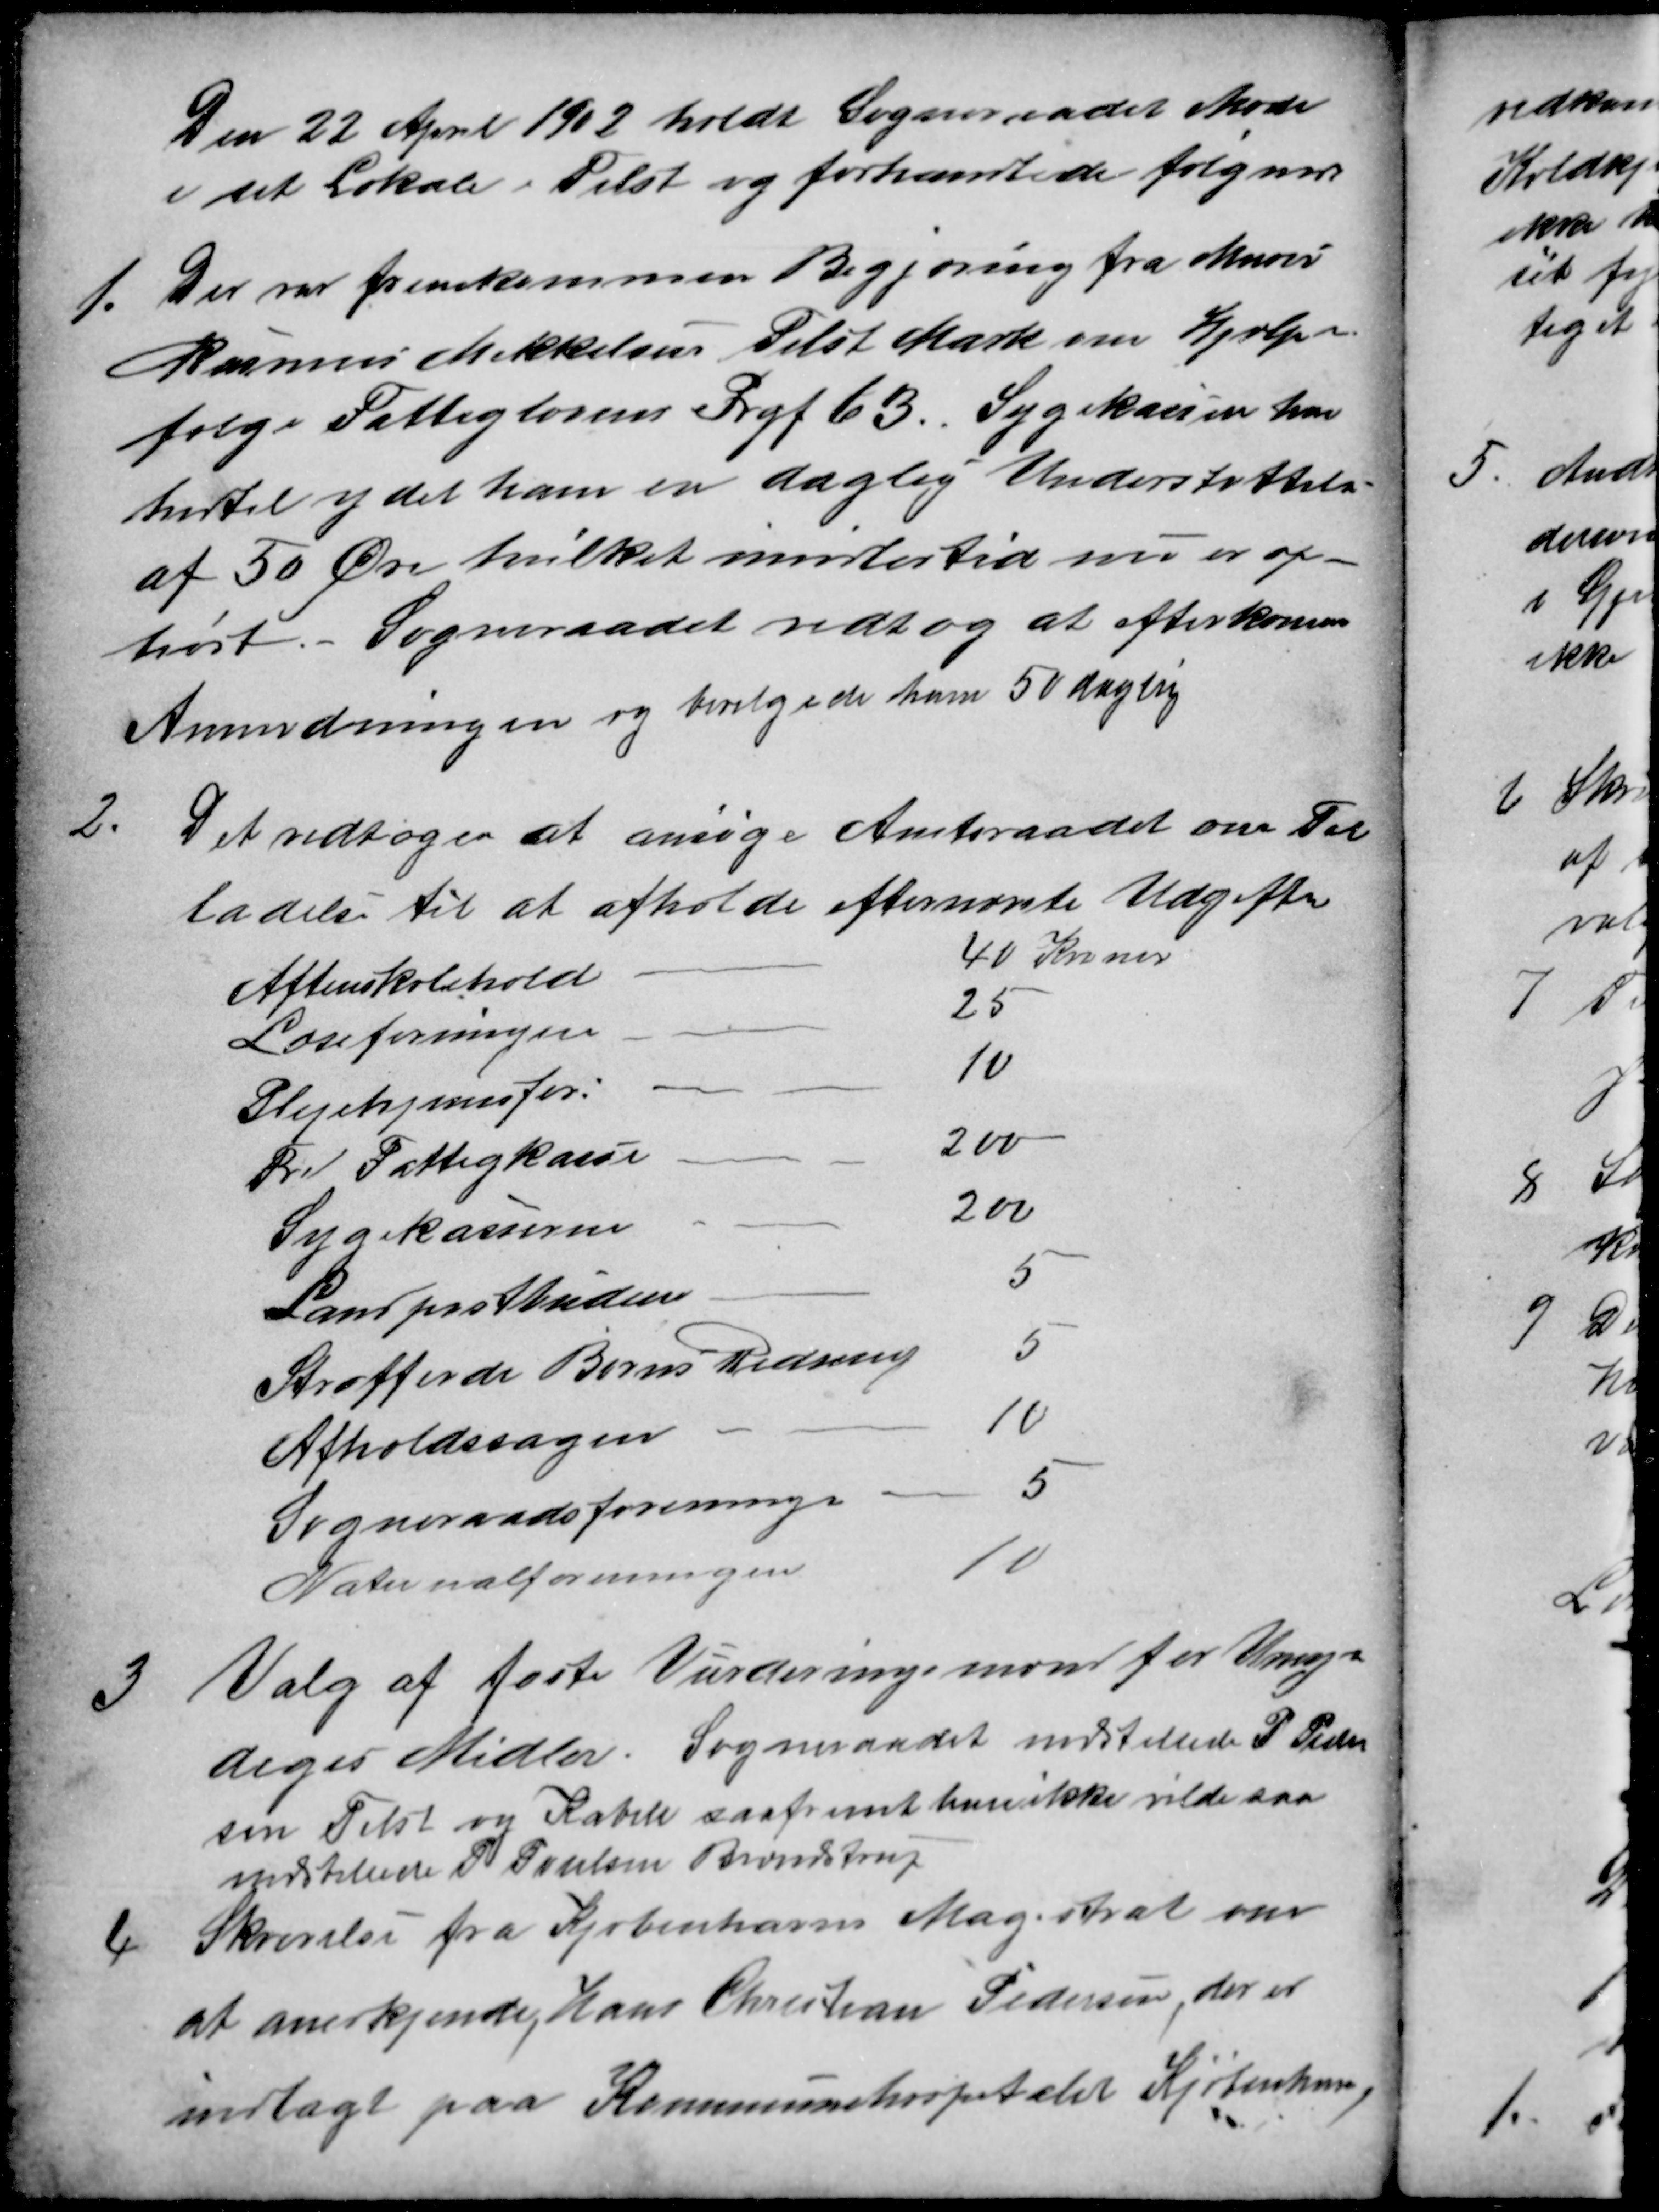
Transskription:
Den 22 April 1902 holdt Sogneraadet Møde
i sit Lokale i Tilst og forhandlede følgende
1.
Der var fremkommen Begjæring fra Murer
Rasmus Mikkelsen Tilst Mark om Hjælp i
følge Fattiglovens Prgf 63. Sygekassen har
hidtil ydet ham en daglig Understøttelse
af 50 Øre hvilket imidlertid nu er op-
hørt. Sogneraadet vedtog at efterkomme
Anmodningen og bevilgede ham 50 daglig
2.
Det vedtoges at ansøge Amtsraadet om Til
ladelse til at afholde efternævnte Udgifter
Aftenskolehold
40 Kroner
Læseforeningen
25
Plejehjemsfor:
10
Fri Fattigkasse
200
Sygekasserne
200
Landpostbudene
5
Strafferde Børns Redning
5
Afholdssagen
10
Sogneraadsforeningen
5
Nationalforeningen
10
3
Valg af faste Vurderingsmænd for Umyn-
diges Midler. Sogneraadet indstillede P Peder
sen Tilst og Kabell saafremt han ikke vilde saa
indstillede P Poulsen Brendstrup
4
Skrivelse fra Kjøbenhavns Magistrat om
at anerkjende, Hans Christian Pedersen, der er
indlagt paa Kommunehospitalet Kjøbenhavn